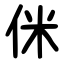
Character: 侎